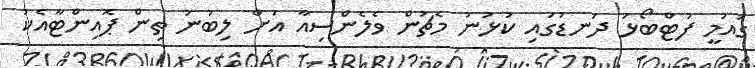
ގައުމީ ފުޓްބޯޅަ ދަނޑުގައި ކުޅުނު މެޗުން ވެލެންސިއާ އަށް ލިބުނު ތިން ޕޮއިންޓާއެކު